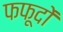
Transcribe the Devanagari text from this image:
फफूदों